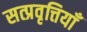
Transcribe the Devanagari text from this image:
सत्प्रवृत्तियाँ